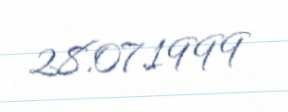
28.07.1999